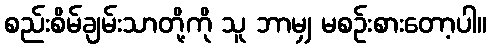
စည်းစိမ်ချမ်းသာတို့ကို သူ ဘာမျှ မစဉ်းစားတော့ပါ။